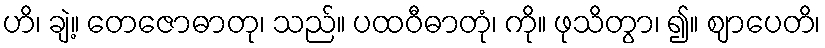
ဟိ၊ ချဲ့။ တေဇောဓာတု၊ သည်။ ပထဝီဓာတုံ၊ ကို။ ဖုသိတွာ၊ ၍။ ဈာပေတိ၊